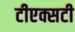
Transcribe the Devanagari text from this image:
टीएक्सटी